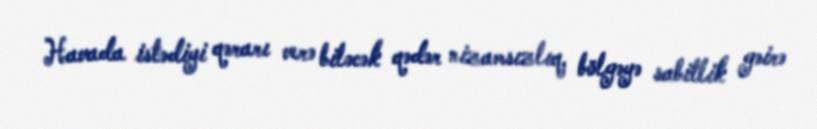
Havada istədiyi qərarı verə biləcək qədər nizamsızlıq, bölgəyə sabitlik gəirə